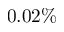
0 . 0 2 \%